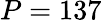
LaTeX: P=137